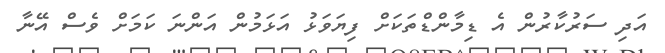
އަދި ސަރުކާރުން އެ ޑިމާންޑްތަކަށް ފިޔަވަޅު އަޅަމުން އަންނަ ކަމަށް ވެސް އޭނާ